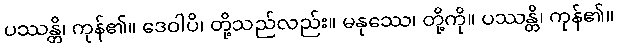
ပဿန္တိ၊ ကုန်၏။ ဒေဝါပိ၊ တို့သည်လည်း။ မနုဿေ၊ တို့ကို။ ပဿန္တိ၊ ကုန်၏။